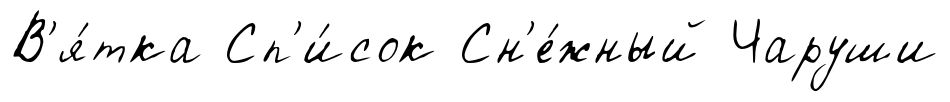
В'я́тка Сп'и́сок Сн'е́жный Чаруши